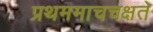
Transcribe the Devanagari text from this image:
प्रथममाचचक्षते